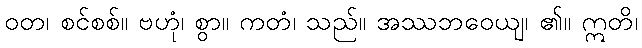
ဝတ၊ စင်စစ်။ ဗဟုံ၊ စွာ။ ကတံ၊ သည်။ အဿဘဝေယျ၊ ၏။ ဣတိ၊